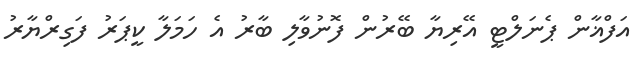
އަފްޣާން ޕެނަލްޓީ އޭރިޔާ ބޭރުން ފޮނުވާލި ބާރު އެ ހަމަލާ ކީޕަރު ފަގިރްޔާރު